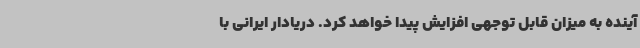
آینده به میزان قابل توجهی افزایش پیدا خواهد کرد. دریادار ایرانی با